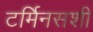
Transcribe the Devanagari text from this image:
टर्मिनसशी